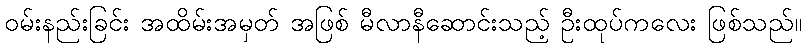
ဝမ်းနည်းခြင်း အထိမ်းအမှတ် အဖြစ် မီလာနီဆောင်းသည့် ဦးထုပ်ကလေး ဖြစ်သည်။